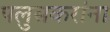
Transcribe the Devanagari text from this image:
पलुसकरांना